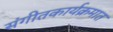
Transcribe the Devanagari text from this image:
संगीतकार्यक्रमात